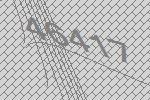
46417